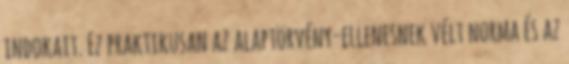
indokait. Ez praktikusan az alaptörvény-ellenesnek vélt norma és az